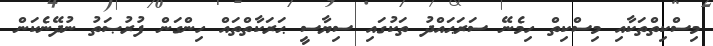
މިސްކިތްތަކާއި މިސްކިތް ހިމެނޭ ސަރަޙައްދު ތަކުގައި ސިޔާސީ ޙަރަކާތްތައް ހިންގަން ފުރުޞަތު ނުދޭނެކަން